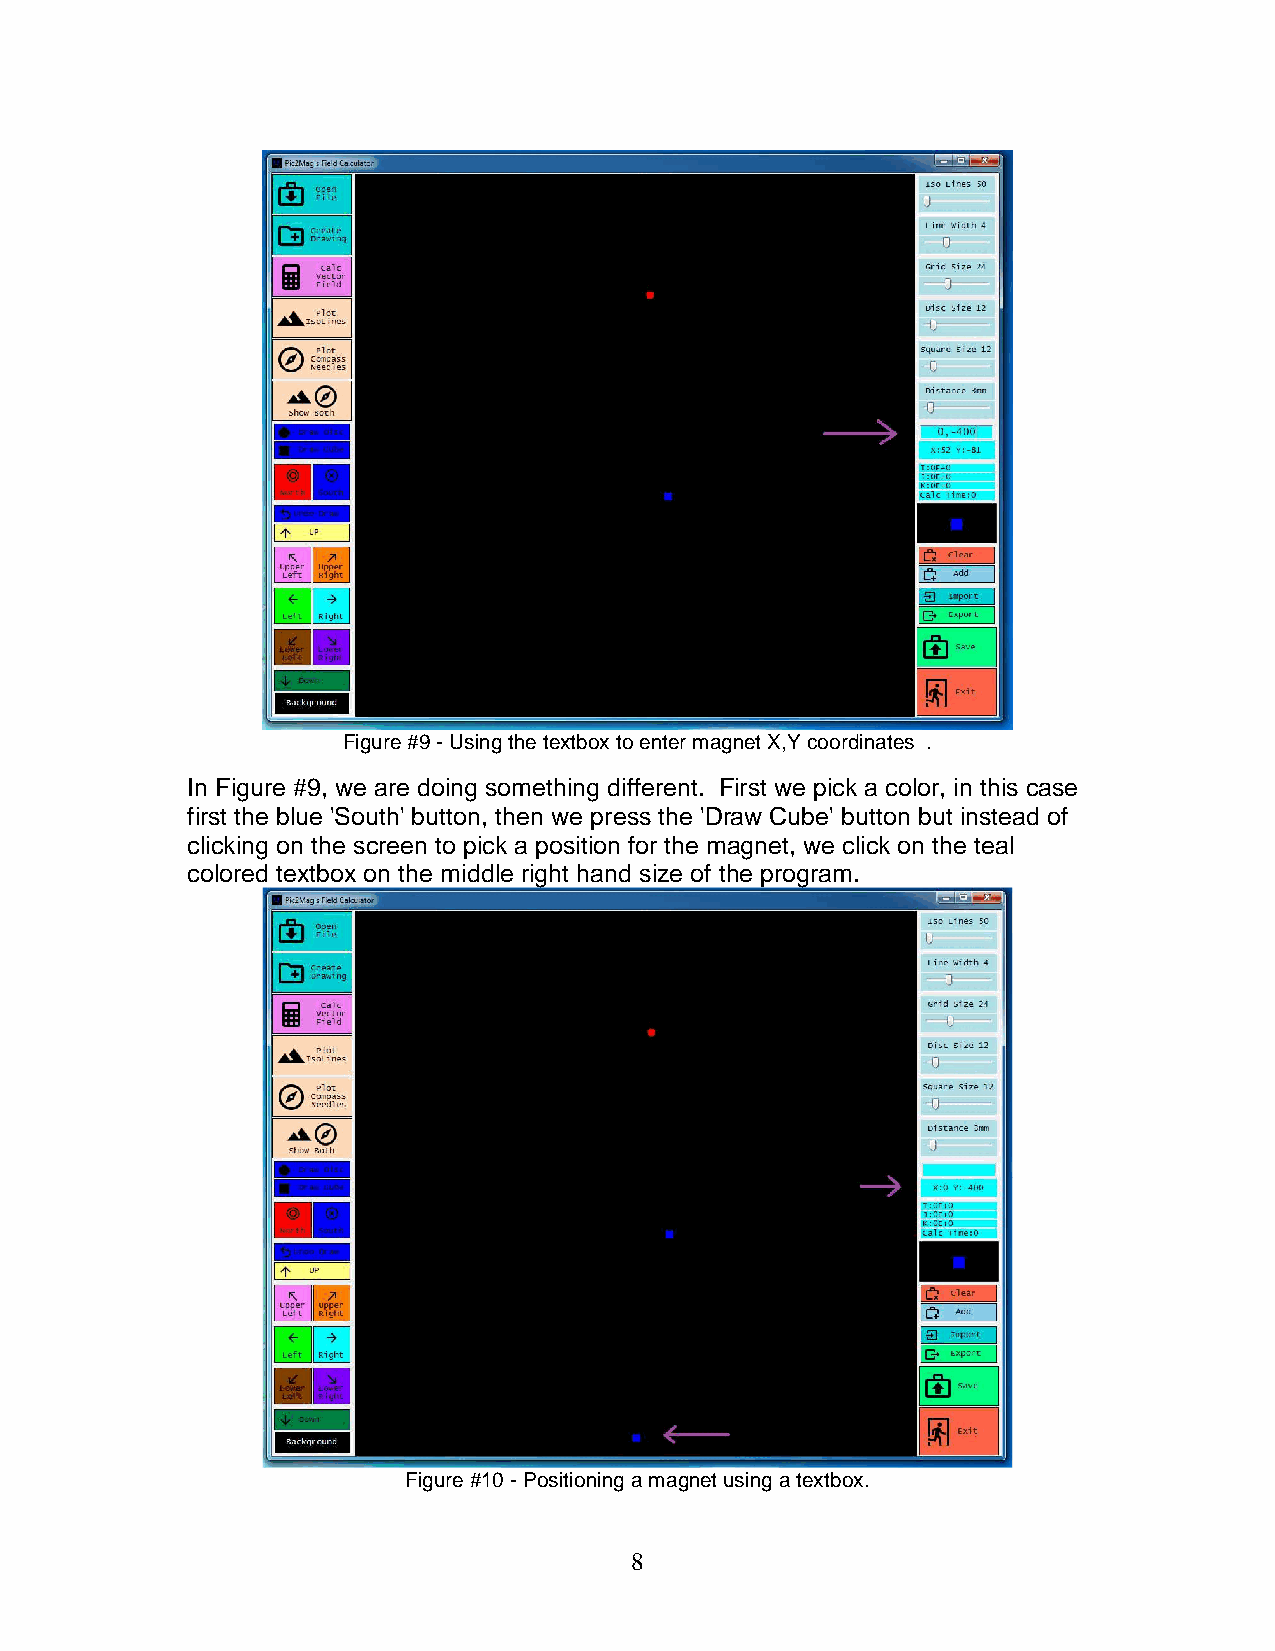
Figure #9 - Using the textbox to enter magnet X,Y coordinates .
 In Figure #9, we are doing something different. First we pick a color, in this case
 first the blue 'South' button, then we press the 'Draw Cube' button but instead of
 clicking on the screen to pick a position for the magnet, we click on the teal
 colored textbox on the middle right hand size of the program.
 Figure #10 - Positioning a magnet using a textbox.
 8